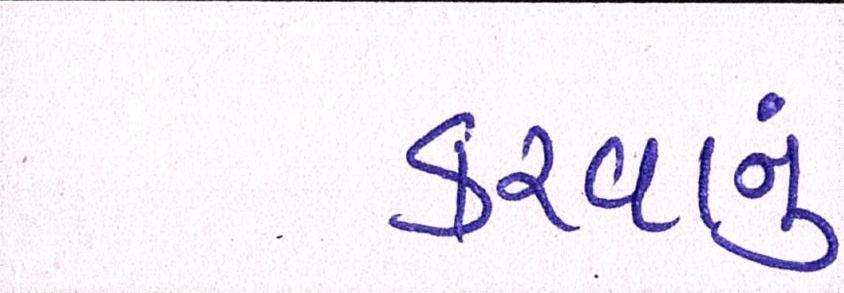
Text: કરવાનું